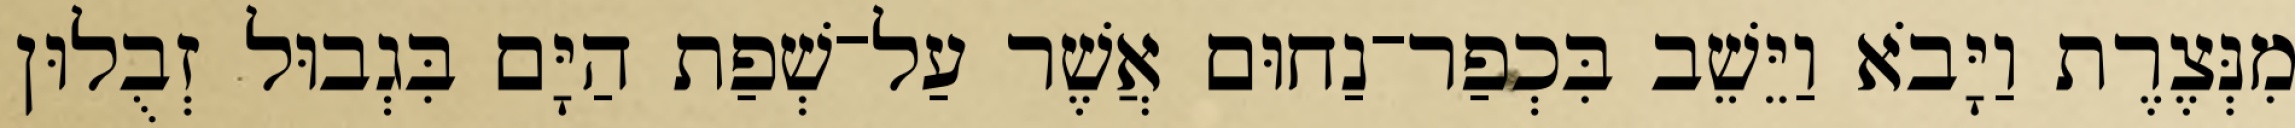
מִנְּצֶרֶת וַיָּבֹא וַיֵּשֵׁב בִּכְפַר־נַחוּם אֲשֶׁר עַל־שְׁפַת הַיָּם בִּגְבוּל זְבֻלוּן